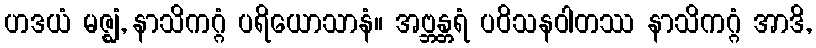
ဟဒယံ မဇ္ဈံ, နာသိကဂ္ဂံ ပရိယောသာနံ။ အဗ္ဘန္တရံ ပဝိသနဝါတဿ နာသိကဂ္ဂံ အာဒိ,